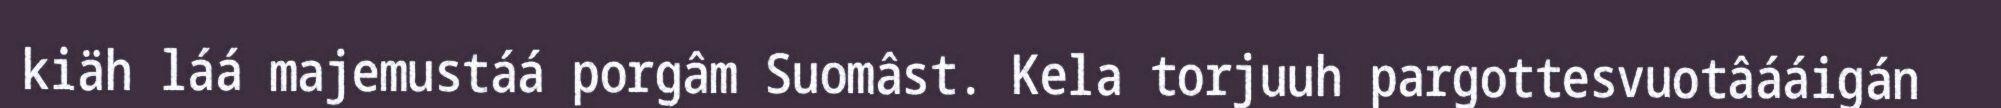
kiäh láá majemustáá porgâm Suomâst. Kela torjuuh pargottesvuotâááigán